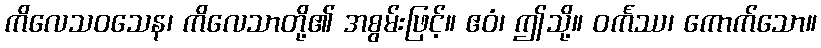
ကိလေသဝသေန၊ ကိလေသာတို့၏ အစွမ်းဖြင့်။ ဧဝံ၊ ဤသို့။ ဝင်္ကဿ၊ ကောက်သော။